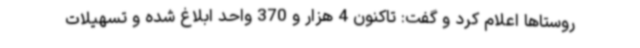
روستاها اعلام کرد و گفت: تاکنون 4 هزار و 370 واحد ابلاغ شده و تسهیلات